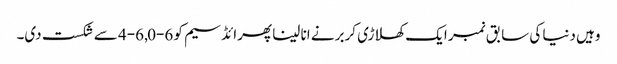
وہیں دنیا کی سابق نمبر ایک کھلاڑی کربر نے انا لینا پھرائڈسیم کو 6-0, 6-4 سے شکست دی۔